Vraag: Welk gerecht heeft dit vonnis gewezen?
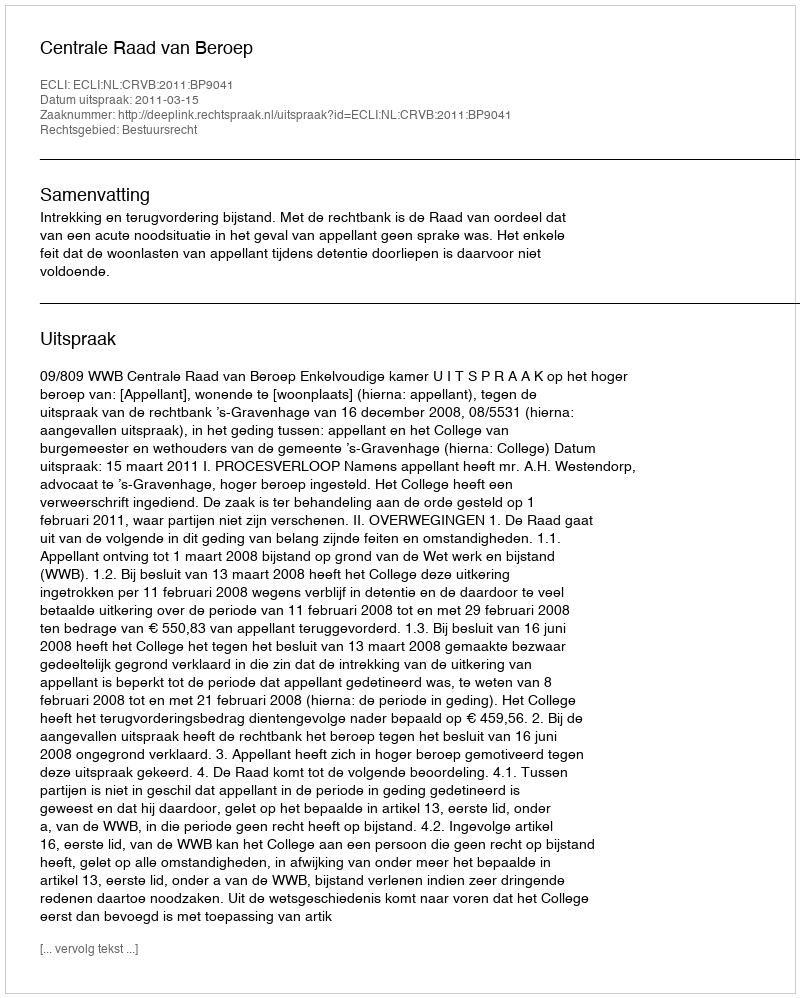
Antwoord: Centrale Raad van Beroep